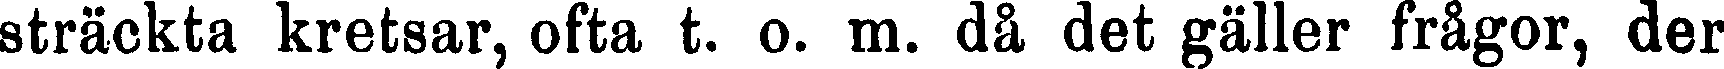
sträckta kretsar, ofta t. o. m. då det gäller frågor, der